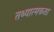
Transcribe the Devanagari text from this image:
तथ्यात्मकता